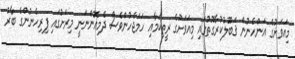
މިއަވަށުގެ އަންހެނުން ޤަބޫލުކުރާގޮތުގައި މިއަވަށުގެ ރީތިކަމާއި ހަމަޖެހުންވެސް ދެމިއޮންނަނީ މިރަށުގައި ފިރިހެނުންގެ ބާރު